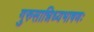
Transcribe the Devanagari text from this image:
गुरुसान्निध्यभाषणः